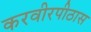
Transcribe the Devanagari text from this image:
करवीरपीठास